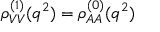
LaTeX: \rho _ { V V } ^ { ( 1 ) } ( q ^ { 2 } ) = \rho _ { A A } ^ { ( 0 ) } ( q ^ { 2 } )